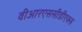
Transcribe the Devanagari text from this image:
वीआरएससीडीएक्स